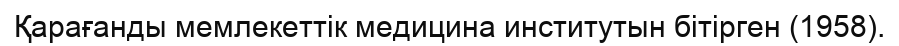
Қарағанды мемлекеттік медицина институтын бітірген (1958).